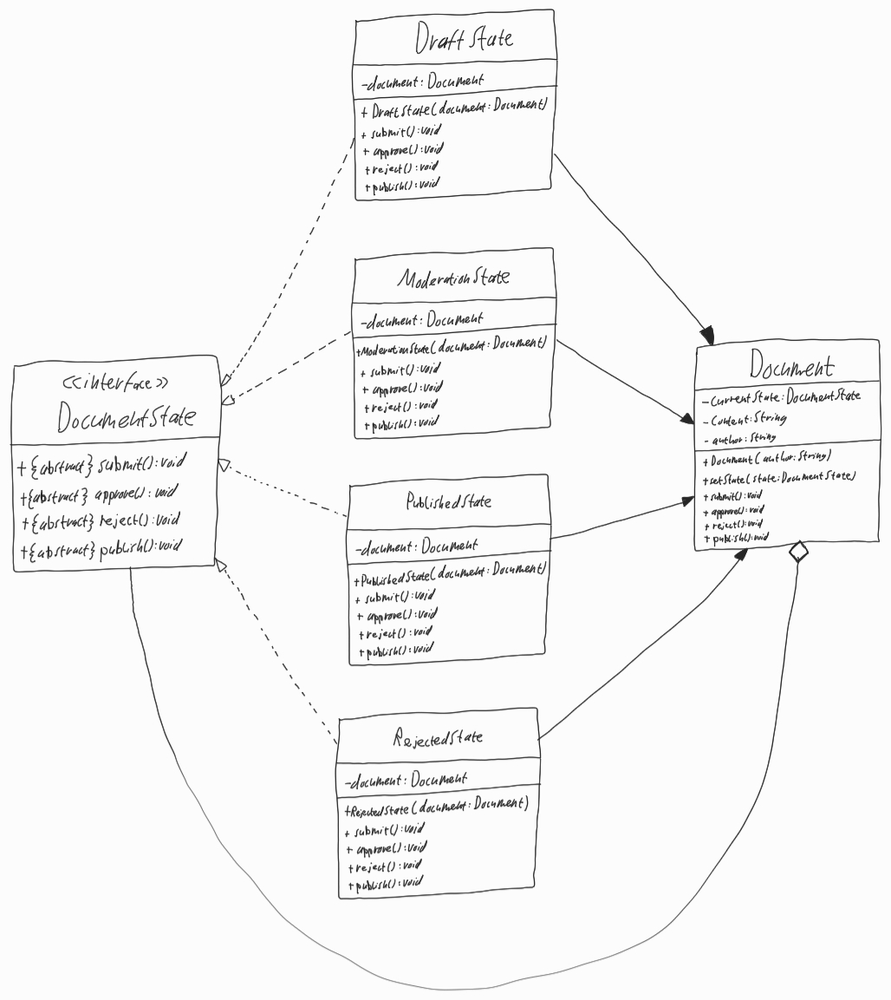
Diagram type: class_diagram
```plantuml
@startuml

left to right direction

interface DocumentState {
  + {abstract} submit(): void
  + {abstract} approve(): void
  + {abstract} reject(): void
  + {abstract} publish(): void
}

class DraftState implements DocumentState {
  - document: Document
  + DraftState(document: Document)
  + submit(): void
  + approve(): void
  + reject(): void
  + publish(): void
}

class ModerationState implements DocumentState {
  - document: Document
  + ModerationState(document: Document)
  + submit(): void
  + approve(): void
  + reject(): void
  + publish(): void
}

class PublishedState implements DocumentState {
  - document: Document
  + PublishedState(document: Document)
  + submit(): void
  + approve(): void
  + reject(): void
  + publish(): void
}

class RejectedState implements DocumentState {
  - document: Document
  + RejectedState(document: Document)
  + submit(): void
  + approve(): void
  + reject(): void
  + publish(): void
}

class Document {
  - currentState: DocumentState
  - content: String
  - author: String
  + Document(author: String)
  + setState(state: DocumentState)
  + submit(): void
  + approve(): void
  + reject(): void
  + publish(): void
}

Document o-- DocumentState

DraftState --> Document

ModerationState --> Document

PublishedState --> Document

RejectedState --> Document

@enduml
```